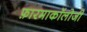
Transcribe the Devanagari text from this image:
फ़ारमाकॉलोजी